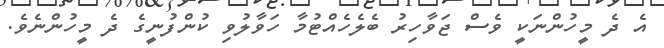
އެ ދެ މީހުންނަކީ ވެސް ޖަވާހިރު ބެލެހެއްޓުމާ ހަވާލުވި ކުންފުނީގެ ދެ މީހުންނެވެ.